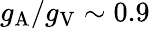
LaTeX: g_{\mathrm{A}}/g_{\mathrm{V}}\sim 0.9